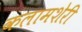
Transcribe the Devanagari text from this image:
कलामशेरी